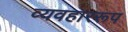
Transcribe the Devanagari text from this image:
व्यवहाररूप